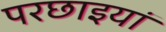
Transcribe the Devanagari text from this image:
परछाइयां